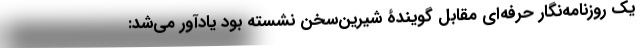
یک روزنامه‌نگار حرفه‌ای مقابل گویندۀ شیرین‌سخن نشسته بود یادآور می‌شد: